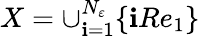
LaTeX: X=\cup_{\mathbf{i}=1}^{N_{\varepsilon}}\{ \mathbf{i}Re_{1}\}